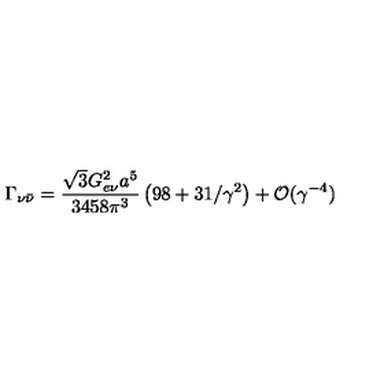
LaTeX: \Gamma _ { \nu { \bar { \nu } } } = \frac { \sqrt { 3 } G _ { e \nu } ^ { 2 } a ^ { 5 } } { 3 4 5 8 \pi ^ { 3 } } \left( 9 8 + 3 1 / \gamma ^ { 2 } \right) + { \cal O } ( \gamma ^ { - 4 } )